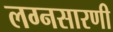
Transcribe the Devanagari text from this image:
लग्नसारणी